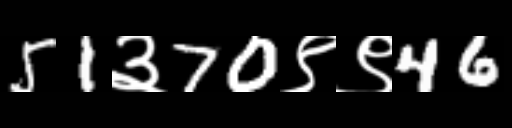
Text: 51३70९९46